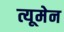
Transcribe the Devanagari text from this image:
त्यूमेन